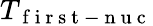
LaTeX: T_{\mathrm{~f~i~r~s~t~-~n~u~c~}}